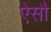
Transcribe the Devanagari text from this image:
ऐसौ